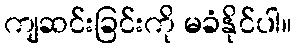
ကျဆင်းခြင်းကို မခံနိုင်ပါ။